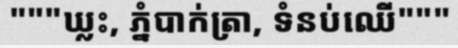
"""ឃ្លះ, ភ្នំបាក់ត្រា, ទំនប់ឈើ"""